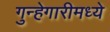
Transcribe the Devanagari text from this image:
गुन्हेगारीमध्ये